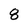
Character: 8